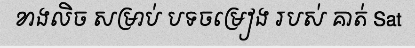
ខាងលិច សម្រាប់ បទចម្រៀង របស់ គាត់ Sat